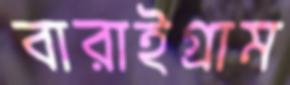
বারাইগ্রাম